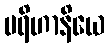
ပရိဟာနိယေ